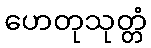
ဟေတုသုတ္တံ